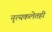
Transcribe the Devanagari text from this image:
नृत्यकलेतही